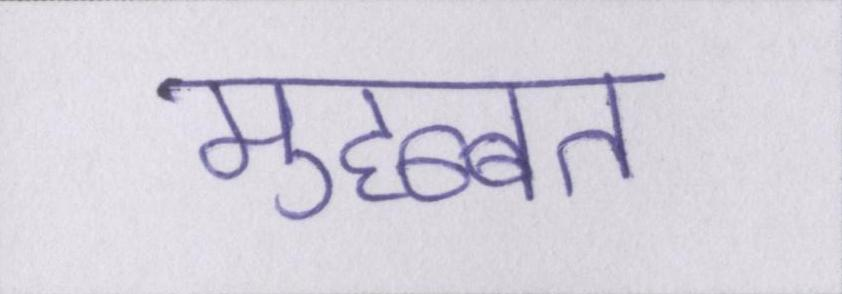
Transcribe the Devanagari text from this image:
मुहब्बत